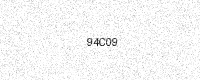
Text: 94C09